Annual returns of the Patna Lunatic Asylum at Bankipore in Bihar and Orissa - 1912-1924
Year: 1912
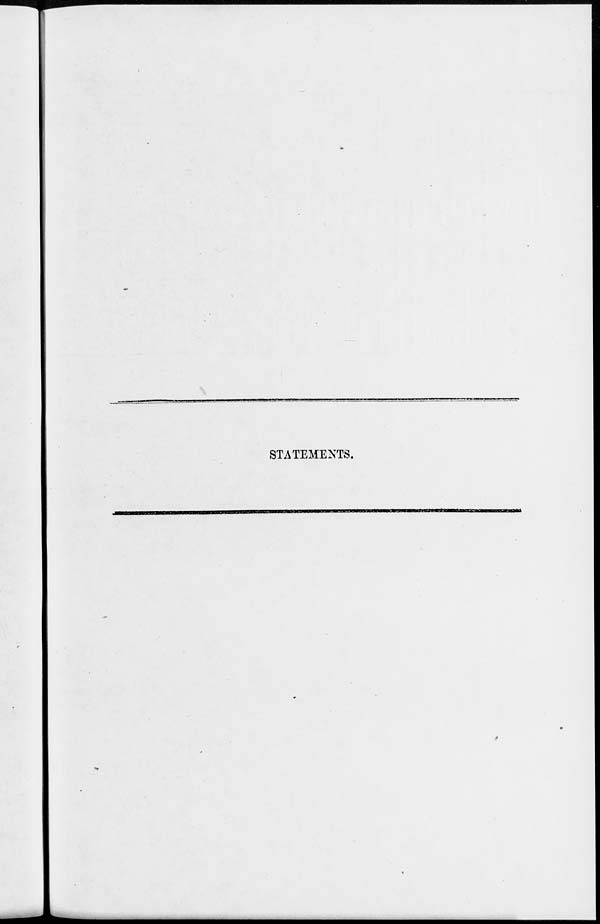
STATEMENTS.